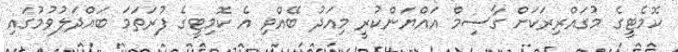
ކޮމެޓީގެ މުގައްރިރަކަށް ގާސިމް އައްޔަންކުރީ މިއަދު ބޭއްވި އެ ކޮމިޓީގެ ފުރަތަމަ ބައްދަލުވުމުގައި